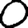
Digit: 0